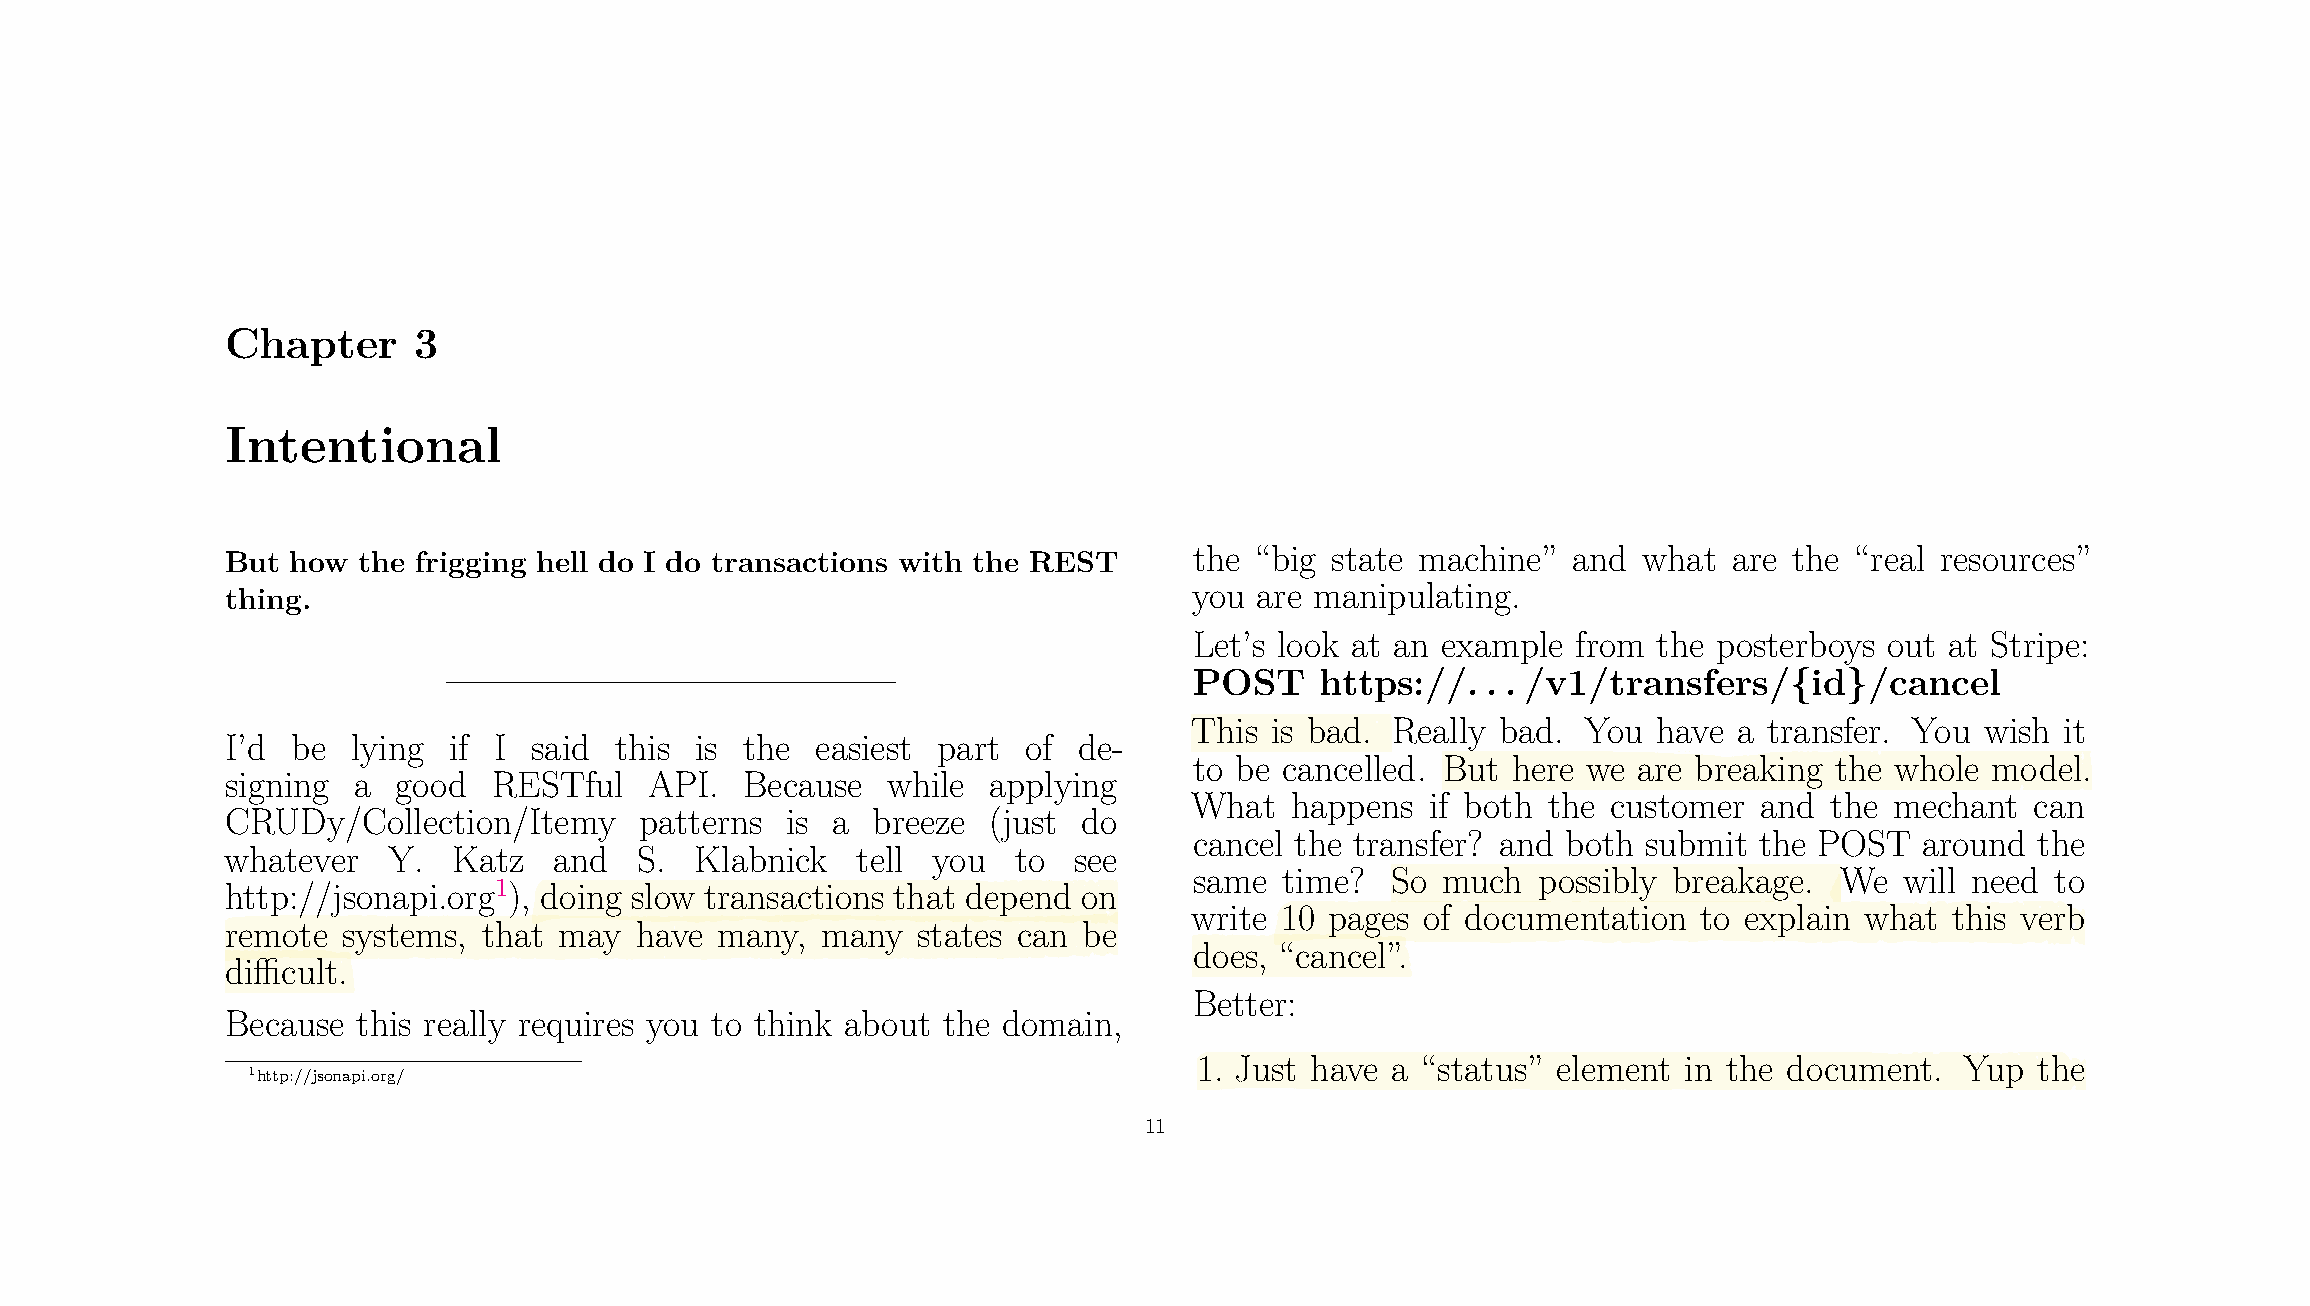
Chapter     3
 Intentional
 But how  the frigging hell do I do transactions with the REST   the “big state machine”  and  what  are the “real resources”
 thing.                                                          you are manipulating.
 Let’s look at an example from  the posterboys out at Stripe:
 POST    https://.  . . /v1/transfers/{id}/cancel
 This is bad. Really bad.  You  have a transfer. You wish  it
 I’d be  lying  if I said  this is the  easiest part  of de-
 to be cancelled. But here we are breaking the whole  model.
 signing a  good   RESTful   API.  Because   while applying
 What  happens   if both the customer  and the mechant   can
 CRUDy/Collection/Itemy     patterns  is a  breeze (just  do
 cancel the transfer? and both submit the POST   around  the
 whatever   Y.  Katz   and  S.  Klabnick   tell you  to  see
 same  time?  So much   possibly breakage.  We  will need to
 http://jsonapi.org1), doing slow transactions that depend on
 write 10 pages of documentation   to explain what this verb
 remote  systems, that may  have many,  many   states can be
 does, “cancel”.
 dicult.
 Better:
 Because  this really requires you to think about the domain,
 1. Just have a “status” element  in the document.  Yup  the
 1http://jsonapi.org/
 11